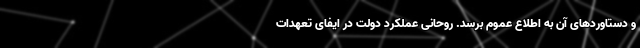
و دستاوردهای آن به اطلاع عموم برسد. روحانی عملکرد دولت در ایفای تعهدات